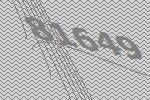
81649